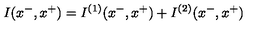
I ( x ^ { - } , x ^ { + } ) = I ^ { ( 1 ) } ( x ^ { - } , x ^ { + } ) + I ^ { ( 2 ) } ( x ^ { - } , x ^ { + } )